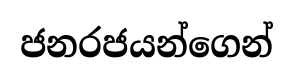
ජනරජයන්ගෙන්